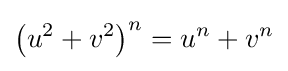
\left(u^{2}+v^{2}\right)^{n}=u^{n}+v^{n}